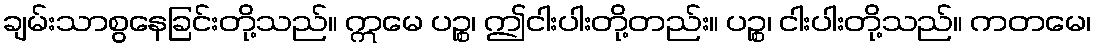
ချမ်းသာစွနေခြင်းတို့သည်။ ဣမေ ပဉ္စ၊ ဤငါးပါးတို့တည်း။ ပဉ္စ၊ ငါးပါးတို့သည်။ ကတမေ၊